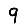
Digit: 9